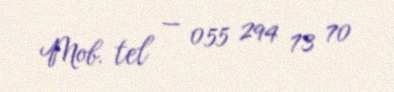
Mob. tel — 055 294 73 70